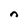
Character: n